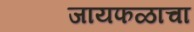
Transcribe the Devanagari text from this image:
जायफळाचा